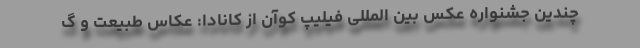
چندین جشنواره عکس بین المللی فیلیپ کوآن از کانادا: عکاس طبیعت و گ